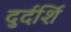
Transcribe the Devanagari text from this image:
दुर्दर्शि